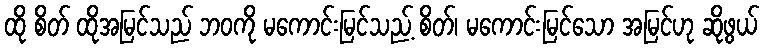
ထို စိတ် ထိုအမြင်သည် ဘဝကို မကောင်းမြင်သည့် စိတ်၊ မကောင်းမြင်သော အမြင်ဟု ဆိုဖွယ်